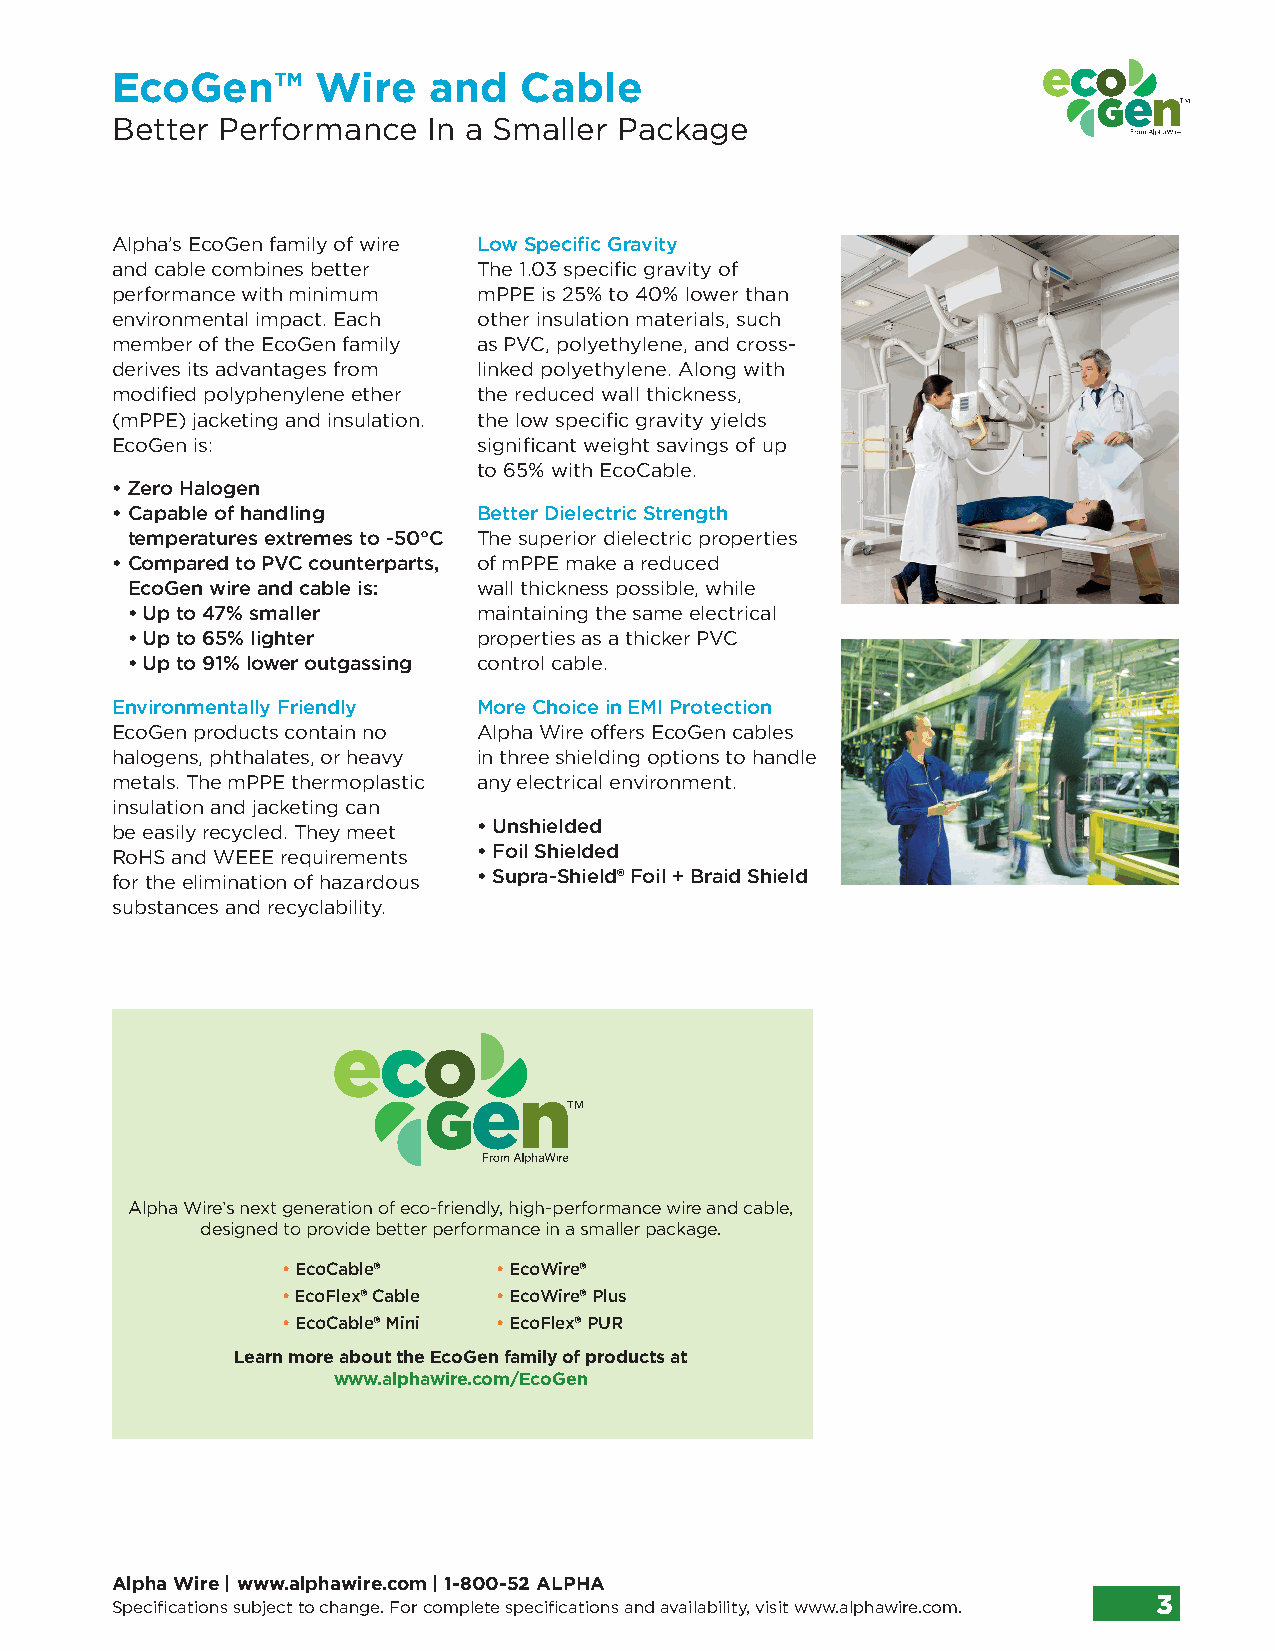
EcoGen™       Wire   and   Cable
 Better Performance   In a Smaller Package
 Alpha’s EcoGen family of wire Low Specific Gravity
 and cable combines better The 1.03 specific gravity of
 performance with minimum mPPE is 25% to 40% lower than
 environmental impact. Each other insulation materials, such
 member of the EcoGen family as PVC, polyethylene, and cross-
 derives its advantages from linked polyethylene. Along with
 modified polyphenylene ether the reduced wall thickness,
 (mPPE) jacketing and insulation. the low specific gravity yields
 EcoGen is:               significant weight savings of up
 to 65% with EcoCable.
 • Zero Halogen
 • C apable of handling   Better Dielectric Strength
 temperatures extremes to -50°C The superior dielectric properties
 • C ompared to PVC counterparts, of mPPE make a reduced
 EcoGen wire and cable is: wall thickness possible, while
 • Up to 47% smaller     maintaining the same electrical
 • Up to 65% lighter     properties as a thicker PVC
 • Up to 91% lower outgassing control cable.
 Environmentally Friendly More Choice in EMI Protection
 EcoGen products contain no Alpha Wire offers EcoGen cables
 halogens, phthalates, or heavy in three shielding options to handle
 metals. The mPPE thermoplastic any electrical environment.
 insulation and jacketing can
 be easily recycled. They meet • Unshielded
 RoHS and WEEE requirements • Foil Shielded
 for the elimination of hazardous • Supra-Shield® Foil + Braid Shield
 substances and recyclability.
 Alpha Wire’s next generation of eco-friendly, high-performance wire and cable,
 designed to provide better performance in a smaller package.
 • EcoCable®   • EcoWire®
 • EcoFlex® Cable • EcoWire® Plus
 • EcoCable® Mini • EcoFlex® PUR
 Learn more about the EcoGen family of products at
 www.alphawire.com/EcoGen
 Alpha Wire | www.alphawire.com | 1-800-52 ALPHA
 Specifications subject to change. For complete specifications and availability, visit www.alphawire.com. 3